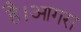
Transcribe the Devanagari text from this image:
है।आगरा